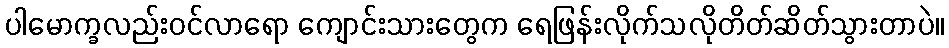
ပါမောက္ခလည်းဝင်လာရော ကျောင်းသားတွေက ရေဖြန်းလိုက်သလိုတိတ်ဆိတ်သွားတာပဲ။